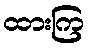
ထားကြ